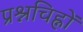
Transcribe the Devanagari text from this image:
प्रश्नचिह्नों